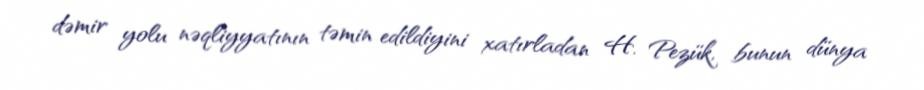
dəmir yolu nəqliyyatının təmin edildiyini xatırladan H. Pezük, bunun dünya